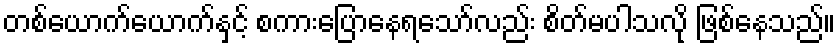
တစ်ယောက်ယောက်နှင့် စကားပြောနေရသော်လည်း စိတ်မပါသလို ဖြစ်နေသည်။